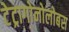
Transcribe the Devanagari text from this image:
टेट्रागोनोलोबस